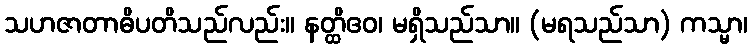
သဟဇာတာဓိပတိသည်လည်း။ နတ္ထိဧဝ၊ မရှိသည်သာ။ (မရသည်သာ) ကသ္မာ၊